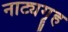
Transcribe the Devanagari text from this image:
नाट्यगॄह